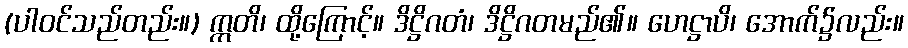
(ပါဝင်သည်တည်း။) ဣတိ၊ ထို့ကြောင့်။ ဒိဋ္ဌိဂတံ၊ ဒိဋ္ဌိဂတမည်၏။ ဟေဋ္ဌာပိ၊ အောက်၌လည်း။